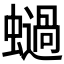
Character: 𧒖